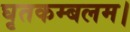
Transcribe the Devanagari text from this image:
घृतकम्बलम।